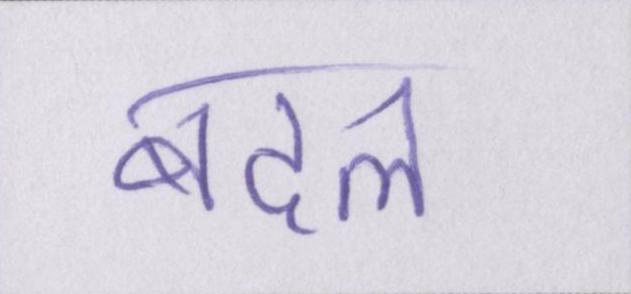
बदल